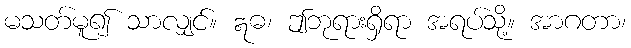
မသတ်မူ၍ သာလျှင်။ ဣဓ၊ ဤဘုရားရှိရာ အရပ်သို့။ အာဂတာ၊